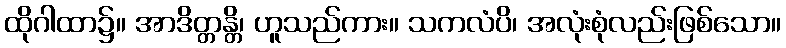
ထိုဂါထာ၌။ အာဒိတ္တန္တိ၊ ဟူသည်ကား။ သကလံပိ၊ အလုံးစုံလည်းဖြစ်သော။